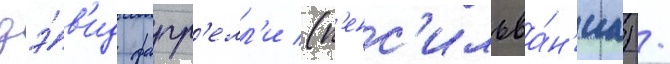
дэ́в'ид фарр'елл'и (п'енс'ильва́н'иа) /